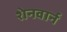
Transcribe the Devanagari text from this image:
शेनवार्न